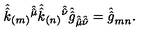
\hat { \hat { k } } _ { ( m ) } { } ^ { \hat { \hat { \mu } } } \hat { \hat { k } } _ { ( n ) } { } ^ { \hat { \hat { \nu } } } \hat { \hat { g } } _ { \hat { \hat { \mu } } \hat { \hat { \nu } } } = \hat { \hat { g } } _ { m n } .